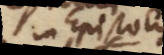
in Epistolis